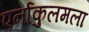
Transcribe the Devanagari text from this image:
एर्नाकुलमला